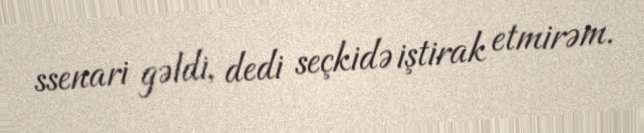
ssenari gəldi, dedi seçkidə iştirak etmirəm.